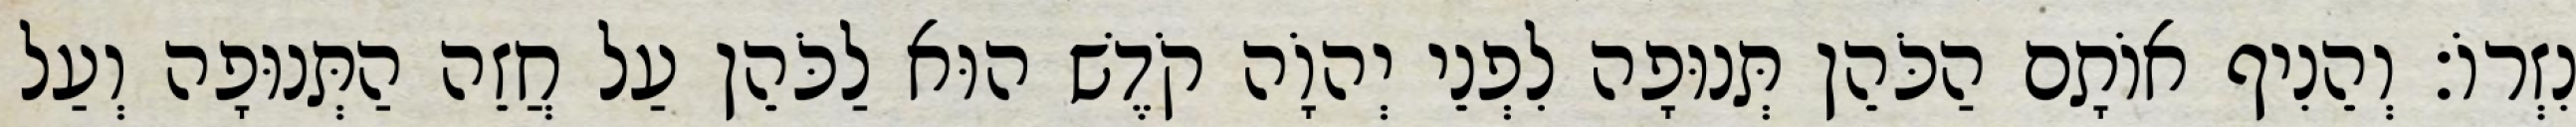
נִזְרוֹ׃ וְהֵנִיף אוֹתָם הַכֹּהֵן תְּנוּפָה לִפְנֵי יְהוָֹה קֹדֶשׁ הוּא לַכֹּהֵן עַל חֲזֵה הַתְּנוּפָה וְעַל